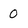
Character: 0